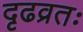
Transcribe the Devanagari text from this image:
दृढव्रतः